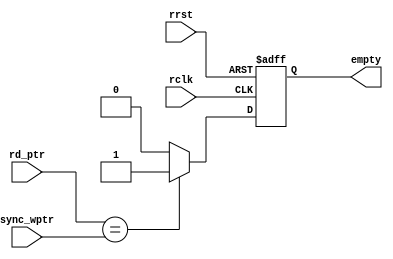
module fifo_empty #(parameter addr_size=4)(input rclk,rrst,input[addr_size:0]rd_ptr,sync_wptr,output reg empty );

always@(posedge rclk or negedge rrst)
begin
if(!rrst) empty<=1'b1;
else if(rd_ptr==sync_wptr) empty<=1'b1;
else empty<=1'b0;
end
endmodule